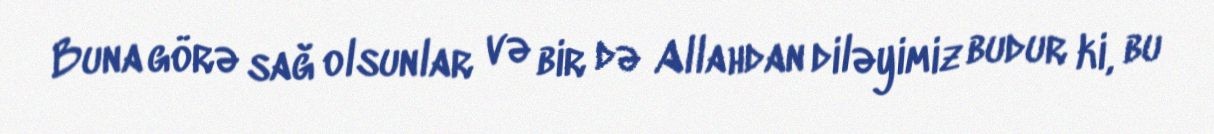
Buna görə sağ olsunlar və bir də Allahdan diləyimiz budur ki, bu